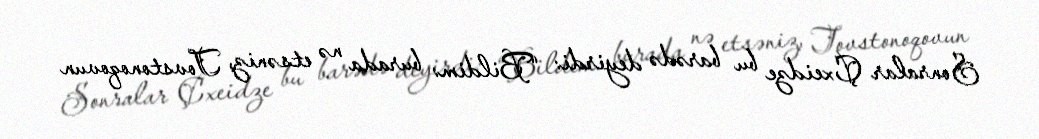
Sonralar Çxeidze bu barədə deyirdi: “Bildim: burada nə etsəniz, Tovstonoqovun